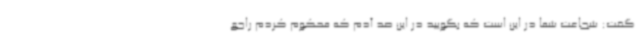
گفت: شجاعت شما در این است که بگویید در این صد آدم که محکوم کردم راجع